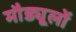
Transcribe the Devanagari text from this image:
मौड्यूलों